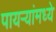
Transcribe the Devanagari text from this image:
पायऱ्यांमध्ये